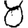
Digit: 8